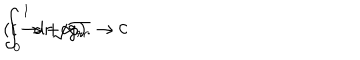
\int _ { 0 } ^ { 1 } d r \sqrt { g _ { r r } } \to 0 \hspace { 5 m m } ( t \to + \infty ) .